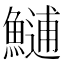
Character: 𩺼